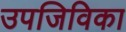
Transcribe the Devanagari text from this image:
उपजिविका